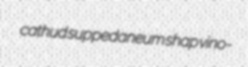
cathud suppedaneum shap vino-